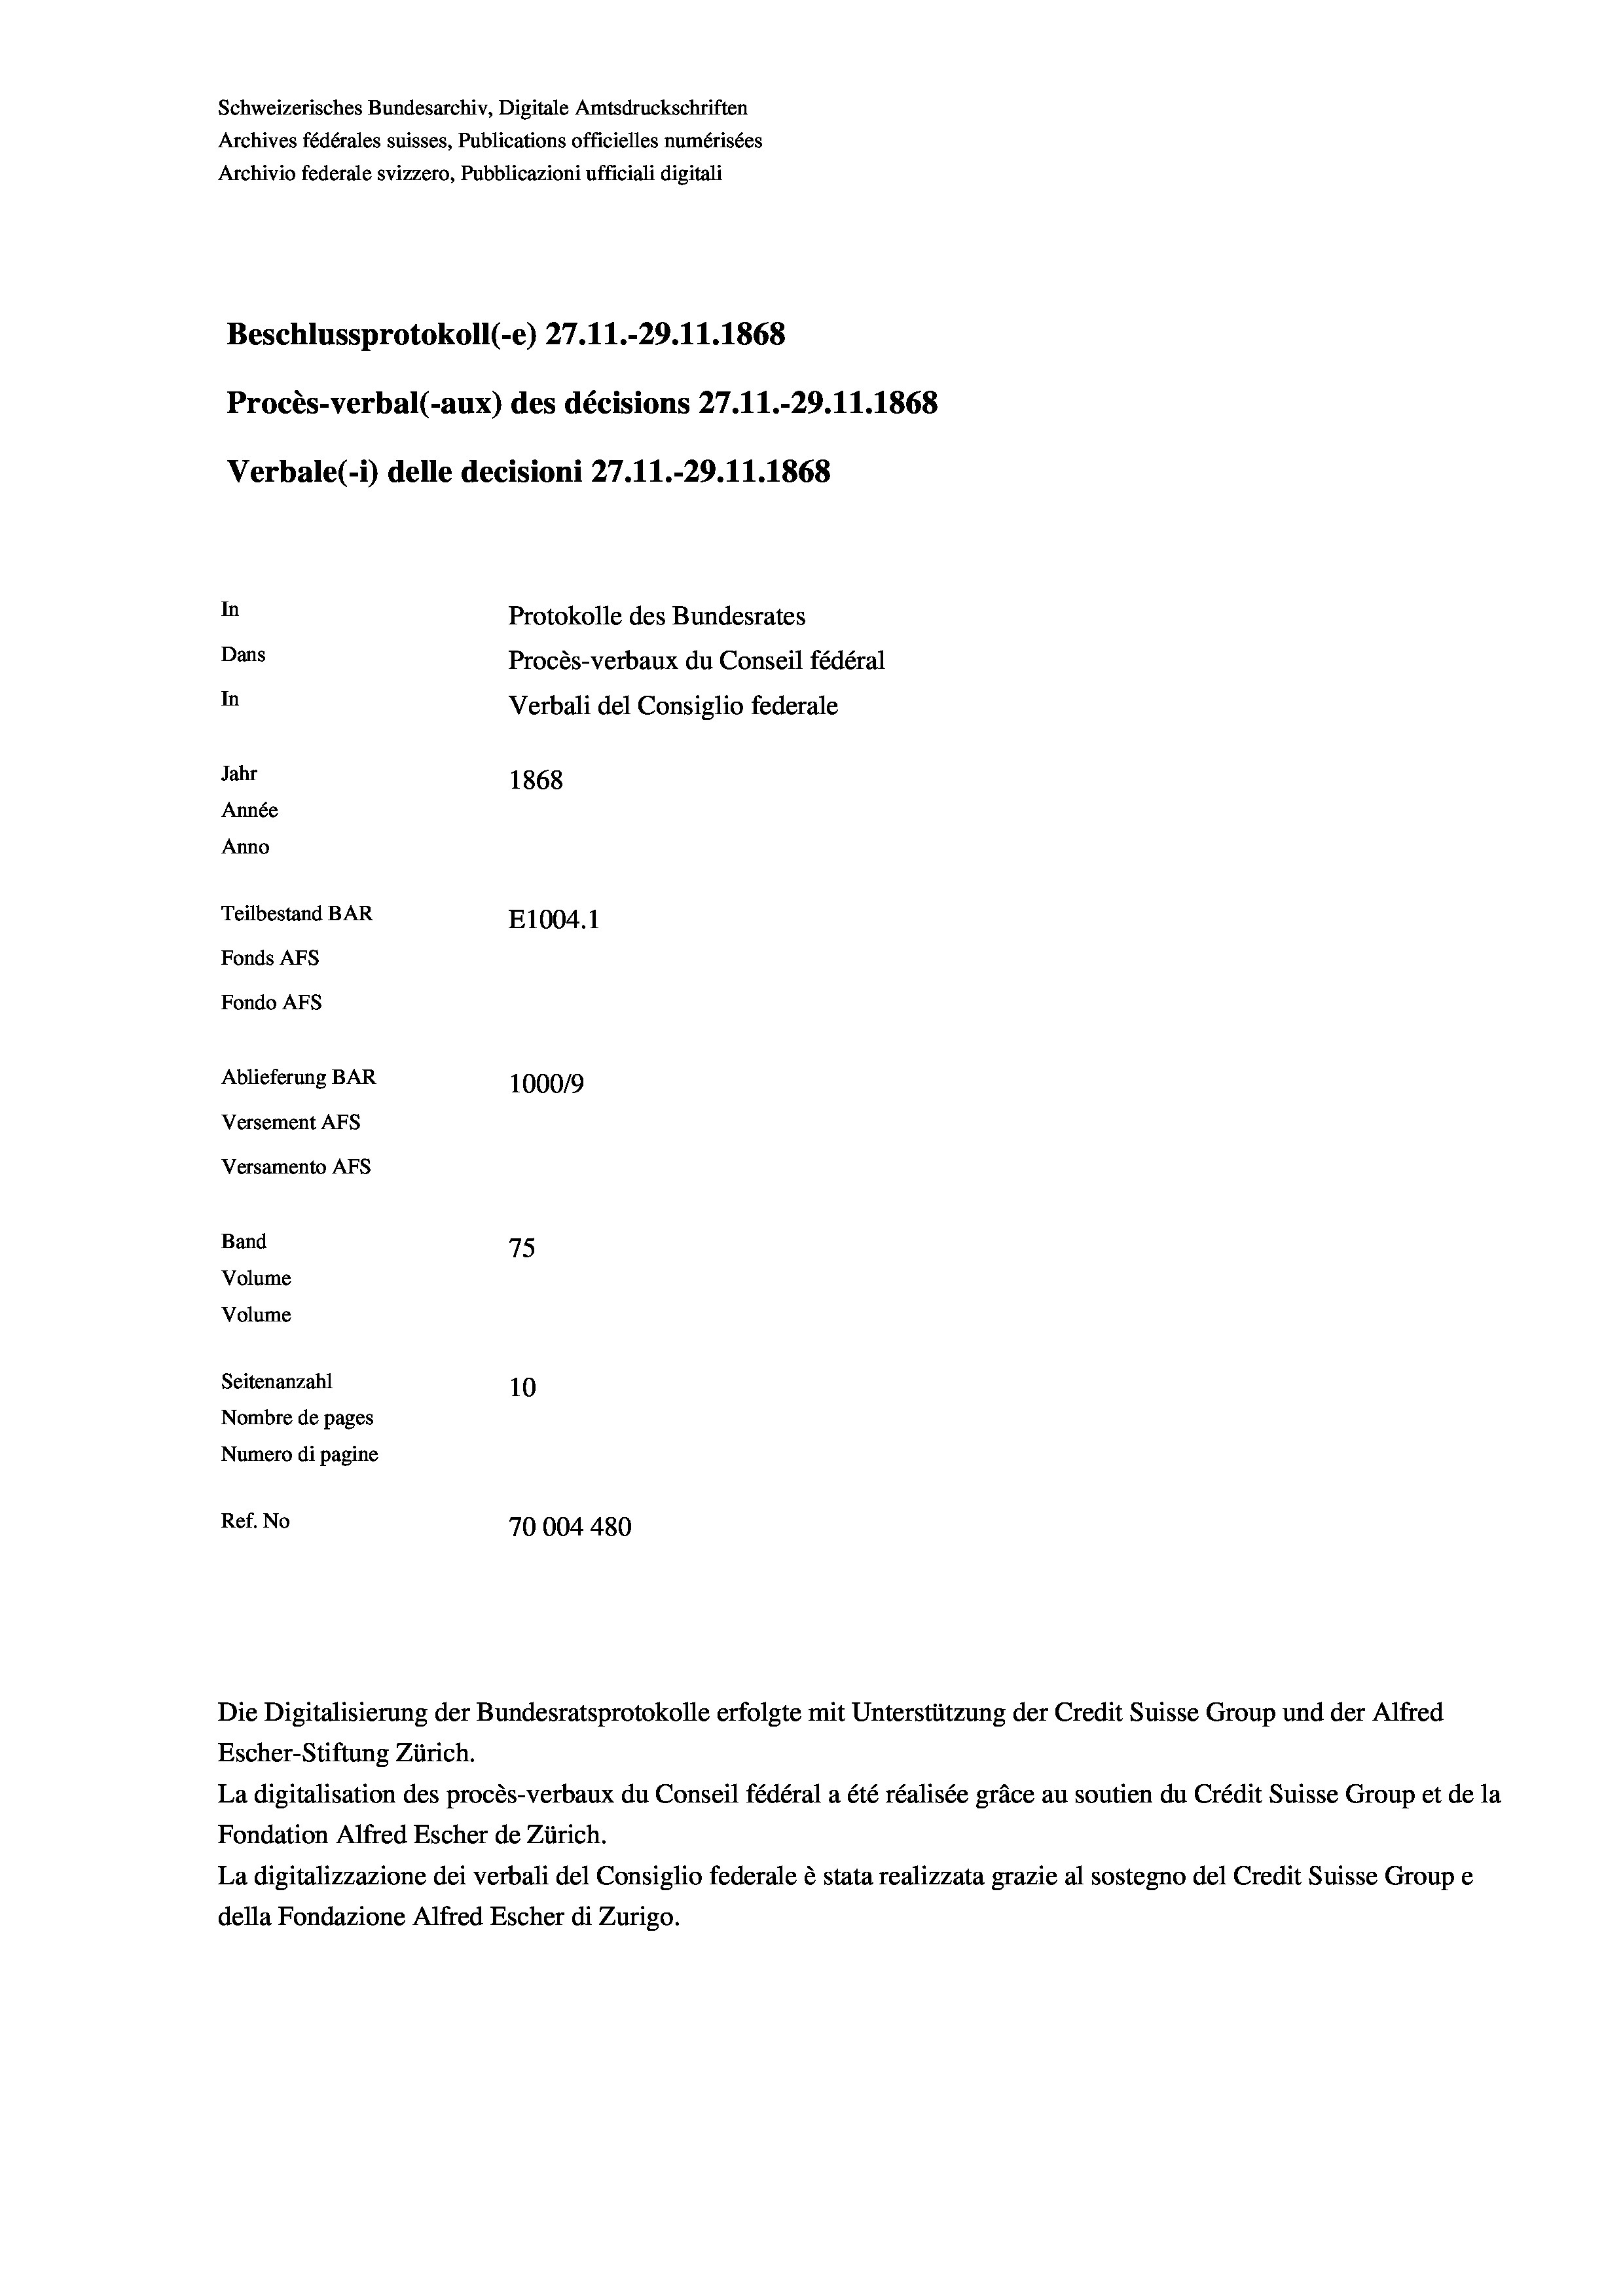
Schweizerisches Bundesarchiv, Digitale Amtsdruckschriften
Archives fédérales suisses, Publications officielles numérisées
Archivio federale svizzero, Pubblicazioni ufficiali digitali
Beschlussprotokoll (-e) 27. 11.-29. 11. 1868
Procès-verbal (-aux) des décisions 27.11.-29.11.1868
Verbale(-*) delle decisioni 27.11.-29.11.1868
In
Protokolle des Bundesrates
Dans
Procès-verbaux du Conseil fédéral
In
Verbali del Consiglio federale
Jahr
1868
Année
Anno
Teilbestand BAR
E1004. 1
Fonds AFs
Fondo AFs
Ablieferung BAR
100019
Versement AFs
Versamento AFs

75
Seitenanzahl
10
Nombre de pages
Numero di pagine
Ref. No
70004480

Band
Volume
Volume

Die Digitalisierung der Bundesratsprotokolle erfolgte mit Unterstützung der Credit Suisse Group und der Alfred
Escher-Stiftung Zürich.
La digitalisation des procès-verbaux du Conseil fédéral a été réalisée gräce au soutien du Crédit Suisse Group et de la
Fondation Alfred Escher de Zürich.
La digitalizzazione dei verbali del Consiglio federale è stata realizzata grazie al sostegno del Credit Suisse Groupe
della Fondazione Alfred Escher di Zurigo.